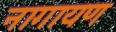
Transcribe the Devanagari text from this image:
नागायण